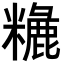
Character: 𥼗